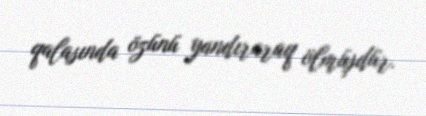
qalasında özünü yandıraraq ölmüşdür.